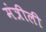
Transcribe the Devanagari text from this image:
मंत्रीली